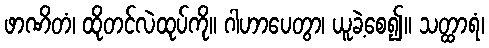
ဖာဏိတံ၊ ထိုတင်လဲထုပ်ကို။ ဂါဟာပေတွာ၊ ယူခဲ့စေ၍။ သတ္ထာရံ၊